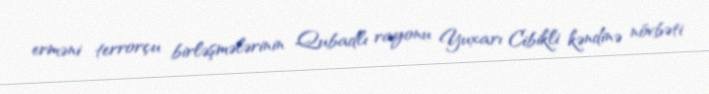
erməni terrorçu birləşmələrinin Qubadlı rayonu Yuxarı Cibikli kəndinə növbəti